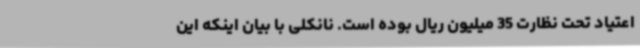
اعتیاد تحت نظارت 35 میلیون ریال بوده است. نانکلی با بیان اینکه این